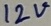
Text: 12V